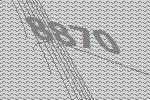
8870